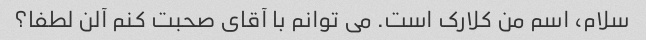
سلام، اسم من کلارک است. می توانم با آقای صحبت کنم آلن لطفا؟